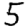
Digit: 5